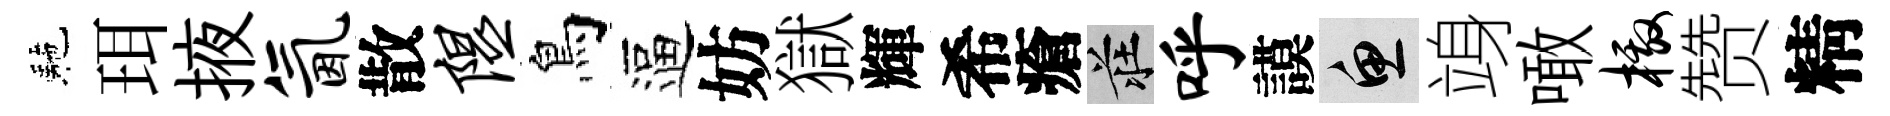
駰珥掖氤散隰鳥逼妨獄輝希瘡莊呼謨魚竧噉檄赞精